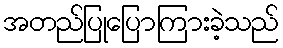
အတည်ပြုပြောကြားခဲ့သည်